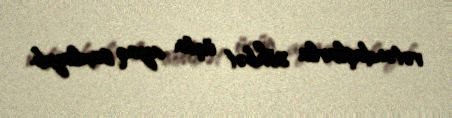
vətəndaşlarla söhbət üçün ayaq saxlayıb.